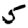
Digit: 5